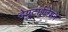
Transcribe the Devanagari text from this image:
डेपुटाईजेशन